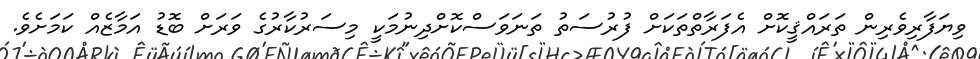
ވިޔަފާރިވެރިން ތަރައްޤީކޮށް އެފަރާތްތަކަށް ފުރުސަތު ތަނަވަސްކޮށްދިނުމަކީ މިސަރުކާރުގެ ވަރަށް ބޮޑު އަމާޒެއް ކަމަށެވެ.